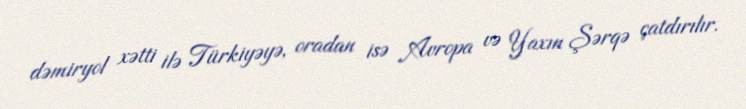
dəmiryol xətti ilə Türkiyəyə, oradan isə Avropa və Yaxın Şərqə çatdırılır.